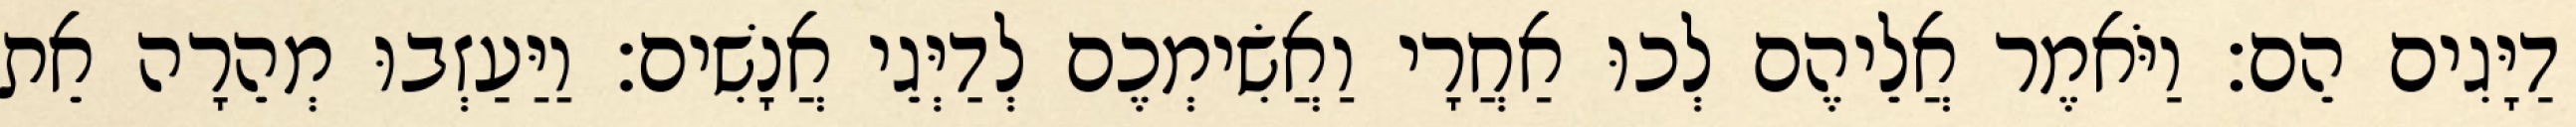
דַיָּגִים הֵם׃ וַיֹּאמֶר אֲלֵיהֶם לְכוּ אַחֲרָי וַאֲשִׂימְכֶם לְדַיְּגֵי אֲנָשִׁים׃ וַיַּעַזְבוּ מְהֵרָה אֵת